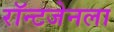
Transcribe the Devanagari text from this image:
रॉन्टजेनला